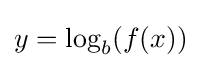
y=\log _{b}(f(x))